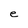
Character: e